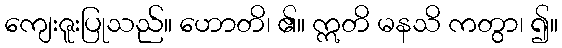
ကျေးဇူးပြုသည်။ ဟောတိ၊ ၏။ ဣတိ မနသိ ကတွာ၊ ၍။